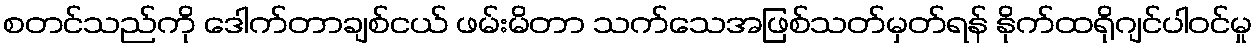
စတင်သည်ကို ဒေါက်တာချစ်ငယ် ဖမ်းမိတာ သက်သေအဖြစ်သတ်မှတ်ရန် နိုက်ထရိုဂျင်ပါဝင်မှု